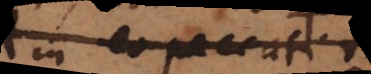
in quo peccati